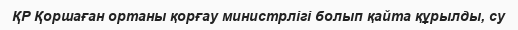
ҚР Қоршаған ортаны қорғау министрлігі болып қайта құрылды, су